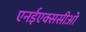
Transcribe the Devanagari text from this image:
एनईएक्ससीओ